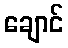
ချောင်